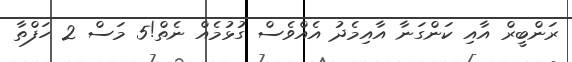
ރަންބީރް އާއި ކަންގަނާ އާއިމެދު އެއްވެސް ގުޅުމެއް ނެތް!5 މަސް 2 ހަފްތާ